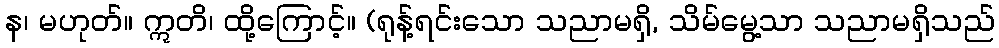
န၊ မဟုတ်။ ဣတိ၊ ထို့ကြောင့်။ (ရုန့်ရင်းသော သညာမရှိ, သိမ်မွေ့သာ သညာမရှိသည်